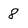
Character: 8